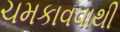
ચમકાવવાથી